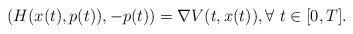
LaTeX: \begin{align*}(H(x(t),p(t)),-p(t))=\nabla V(t,x(t)), \forall\ t\in[0,T].\end{align*}